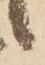
候